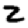
Digit: 2